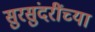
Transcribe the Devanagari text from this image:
सुरसुंदरींच्या